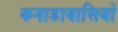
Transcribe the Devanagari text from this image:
कनाडावासियों